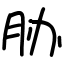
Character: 胁